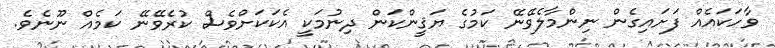
ވާހަކައެއް ފަށައިގެން ނިންމާލެވޭނޭ ކަމުގެ ޔަޤީންކަން ދިނުމަކީ އެކަކަށްވެސް ކުރެވޭނޭ ކަމެއް ނޫނެވެ.